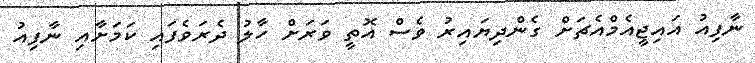
ނާފިއު އައިޖީއެމްއެޗަށް ގެންދިޔައިރު ވެސް އޮތީ ވަރަށް ހާލު ދެރަވެފައި ކަމަށާއި ނާފިއު